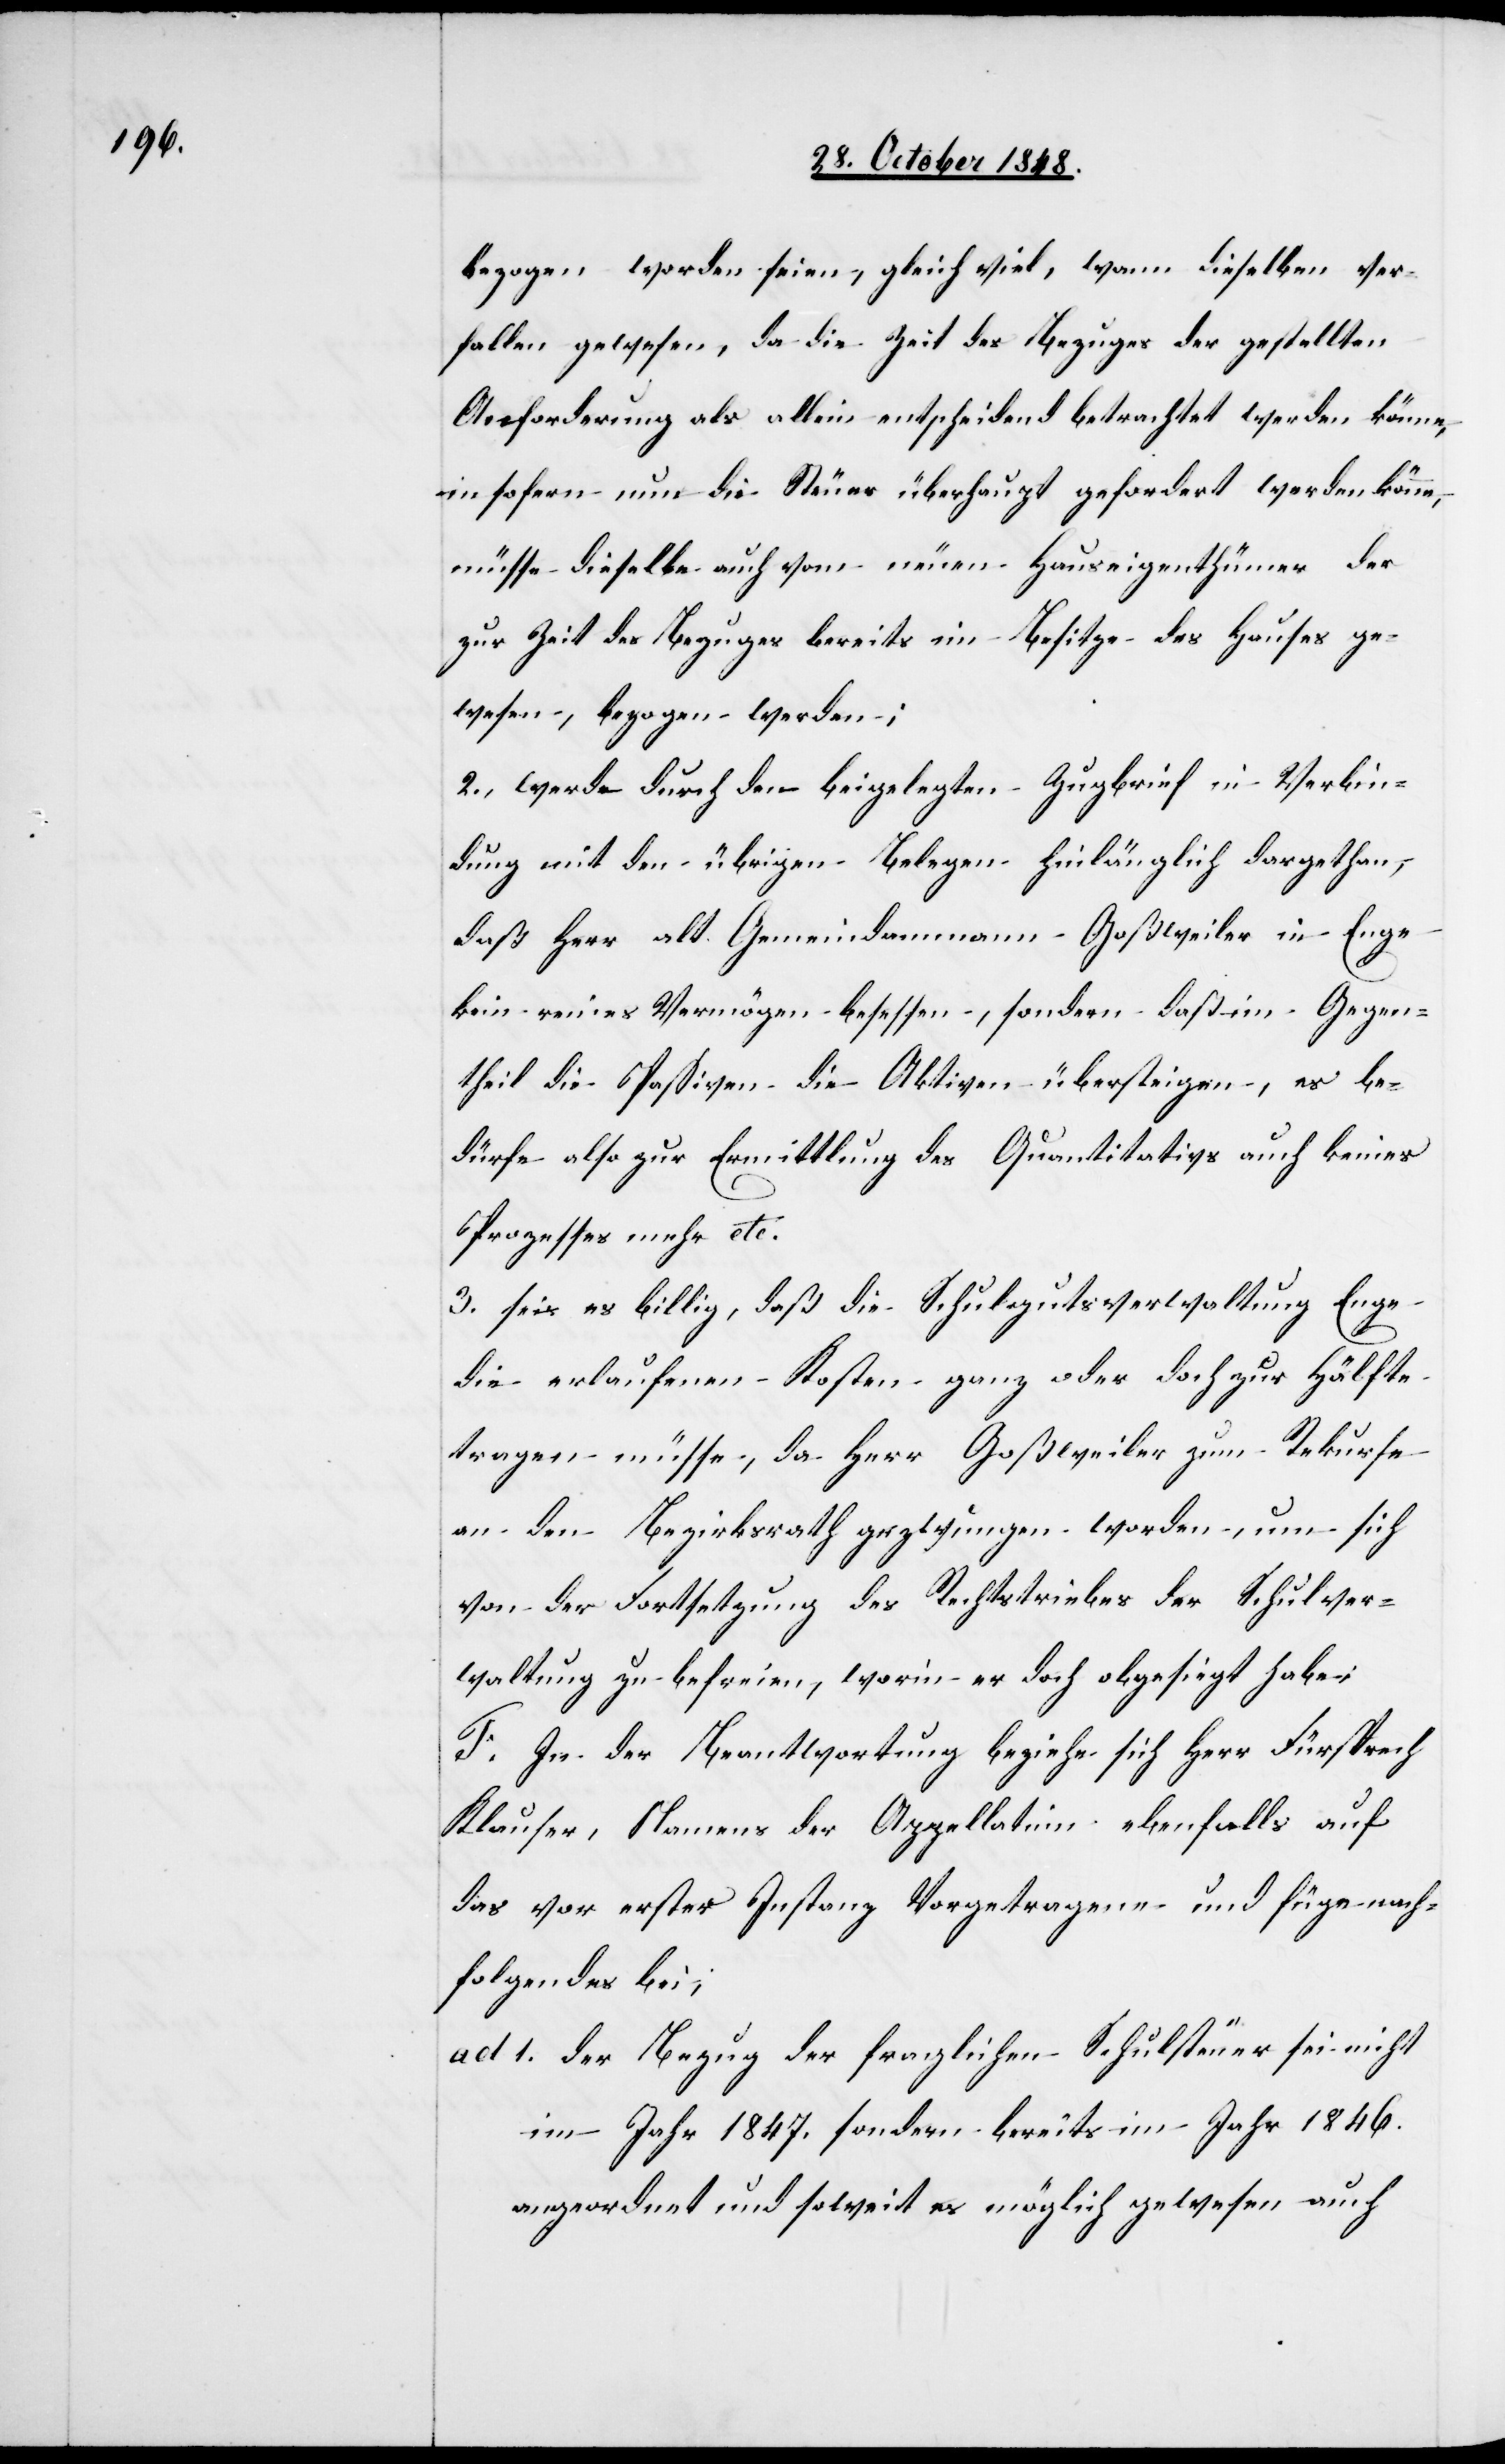
bezogen worden seien, gleich viel, wann dieselben ver¬
fallen gewesen, da die Zeit des Bezuges der gestellten
Anforderung als allein entscheidend betrachtet werden könne,
insofern nun die Steuer überhaupt gefördert werden könne,
müsse dieselbe auch vom neuen Hauseigenthümer der
zur Zeit des Bezuges bereits im Besitze des Hauses ge¬
wesen, bezogen werden;
2. werde durch den beigelegten Zugbrief in Verbin¬
dung mit den übrigen Belegen hinlänglich dargethan,
daß Herr alt Gemeindammann Goßweiler in Enge
kein reines Vermögen besessen, sondern daß im Gegen¬
theil die Paßiven die Aktiven übersteigen, es be¬
dürfe also zur Ermittlung des Quantitativs auch keines
Prozesses mehr etc.
3. sei es billig, daß die Schulgutsverwaltung Enge
die erlaufenen Kosten ganz oder doch zur Hälfte
tragen müsse, da Herr Goßweiler zum Rekurse
an den Bezirksrath gezwungen worden, um sich
von der Fortsetzung des Rechtstriebes der Schulver¬
waltung zu befreien, worin es doch obgesiegt habe;
F. In der Beantwortung beziehe sich Herr Fürsprech
Klauser, Namens der Appellatinn ebenfalls auf
das vor erster Instanz Vorgetragene und füge nach¬
folgendes bei.
ad. 1. der Bezug der fraglichen Schulsteuer sei nicht
im Jahr 1847. sondern bereits im Jahr 1846.
angeordnet und soweit es möglich gewesen auch